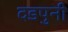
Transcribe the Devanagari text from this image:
दडपुनी